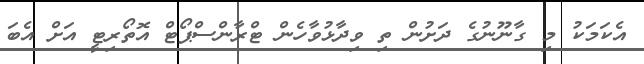
އެކަމަކު މި ގާނޫނުގެ ދަށުން ތި ވިދާޅުވާހެން ޓްރާންސްޕޯޓް އޮތޯރިޓީ އަށް އެބަ